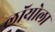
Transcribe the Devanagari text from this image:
लॉयोला